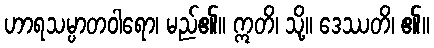
ဟာရသမ္ပာတဝါရော၊ မည်၏။ ဣတိ၊ သို့။ ဒေဿတိ၊ ၏။